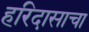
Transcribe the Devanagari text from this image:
हरिदासाचा